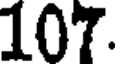
107.